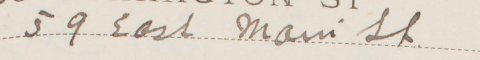
59 East Main St.